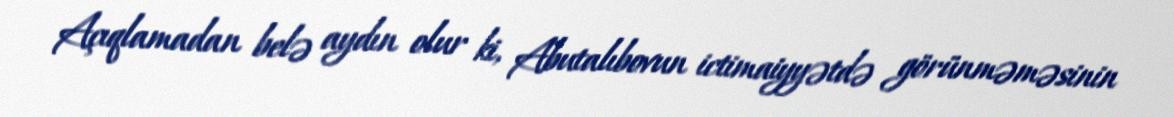
Açıqlamadan belə aydın olur ki, Abutalıbovun ictimaiyyətdə görünməməsinin